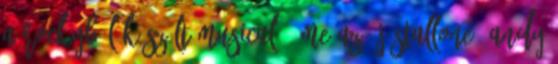
a Rockyból készült musical, íme az új Stallone, Andy